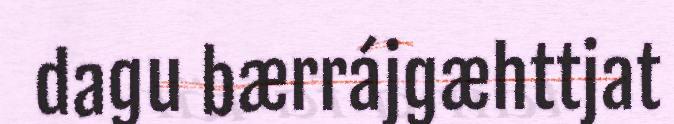
dagu bærrájgæhttjat